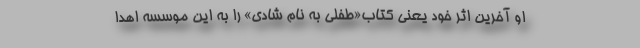
او آخرین اثر خود یعنی کتاب«طفلی به نام شادی» را به این موسسه اهدا